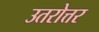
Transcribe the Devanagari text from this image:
उतरोत्तर